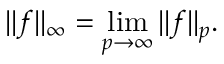
\| f \| _ { \infty } = \operatorname* { l i m } _ { p \to \infty } \| f \| _ { p } .